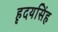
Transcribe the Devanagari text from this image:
हृदयसिंह